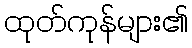
ထုတ်ကုန်များ၏